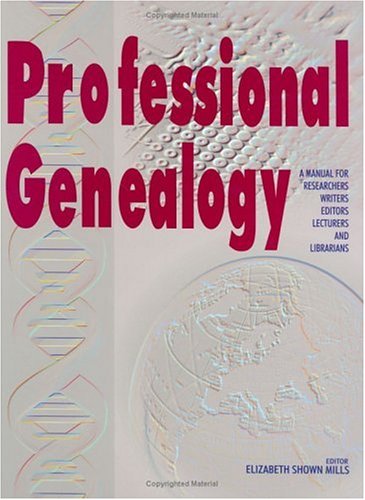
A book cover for Professional Genealogy: A Manual for Researchers, Writers, Editors, Lecturers, and Librarians; Elizabeth Shown Mills; Reference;